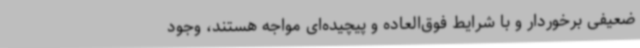
ضعیفی برخوردار و با شرایط فوق‌العاده و پیچیده‌ای مواجه هستند، وجود